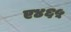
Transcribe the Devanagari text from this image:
ए४६५